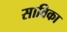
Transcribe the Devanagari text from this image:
साबिका